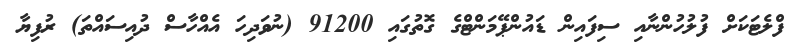
ފްލެޓަކަށް ފުލުހުންނާއި ސިފައިން ޑައުންޕޭމަންޓްގެ ގޮތުގައި 91200 (ނުވަދިހަ އެއްހާސް ދުއިސައްތަ) ރުފިޔާ